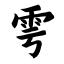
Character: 雩